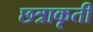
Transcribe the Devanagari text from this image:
छत्राकृती